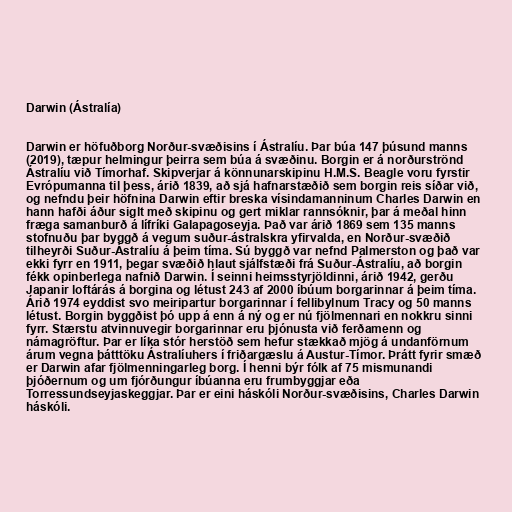
Darwin (Ástralía)

Darwin er höfuðborg Norður-svæðisins í Ástralíu. Þar búa 147 þúsund manns
(2019), tæpur helmingur þeirra sem búa á svæðinu. Borgin er á norðurströnd
Ástralíu við Tímorhaf. Skipverjar á könnunarskipinu H.M.S. Beagle voru fyrstir
Evrópumanna til þess, árið 1839, að sjá hafnarstæðið sem borgin reis síðar við,
og nefndu þeir höfnina Darwin eftir breska vísindamanninum Charles Darwin en
hann hafði áður siglt með skipinu og gert miklar rannsóknir, þar á meðal hinn
fræga samanburð á lífríki Galapagoseyja. Það var árið 1869 sem 135 manns
stofnuðu þar byggð á vegum suður-ástralskra yfirvalda, en Norður-svæðið
tilheyrði Suður-Ástralíu á þeim tíma. Sú byggð var nefnd Palmerston og það var
ekki fyrr en 1911, þegar svæðið hlaut sjálfstæði frá Suður-Ástralíu, að borgin
fékk opinberlega nafnið Darwin. Í seinni heimsstyrjöldinni, árið 1942, gerðu
Japanir loftárás á borgina og létust 243 af 2000 íbúum borgarinnar á þeim tíma.
Árið 1974 eyddist svo meiripartur borgarinnar í fellibylnum Tracy og 50 manns
létust. Borgin byggðist þó upp á enn á ný og er nú fjölmennari en nokkru sinni
fyrr. Stærstu atvinnuvegir borgarinnar eru þjónusta við ferðamenn og
námagröftur. Þar er líka stór herstöð sem hefur stækkað mjög á undanförnum
árum vegna þátttöku Ástralíuhers í friðargæslu á Austur-Tímor. Þrátt fyrir smæð
er Darwin afar fjölmenningarleg borg. Í henni býr fólk af 75 mismunandi
þjóðernum og um fjórðungur íbúanna eru frumbyggjar eða
Torressundseyjaskeggjar. Þar er eini háskóli Norður-svæðisins, Charles Darwin
háskóli.